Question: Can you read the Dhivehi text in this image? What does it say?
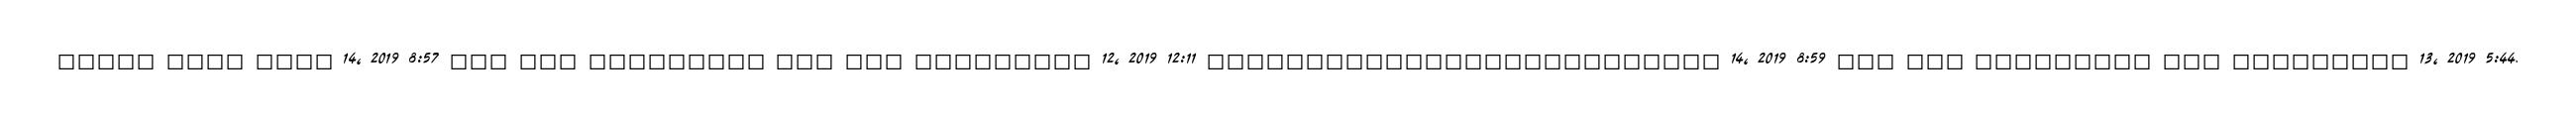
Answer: ????? ???? ???? 14, 2019 8:57 ??? ??? ????????? ??? ??? ????????? 12, 2019 12:11 ?????????????????????????? 14, 2019 8:59 ??? ??? ????????? ??? ????????? 13, 2019 5:44.